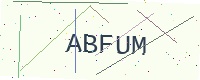
Text: ABFUM